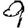
Digit: 9